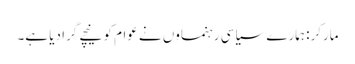
مارکر: ہمارے سیاسی رہنماوں نے عوام کو نیچے گرا دیا ہے۔